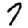
Digit: 7